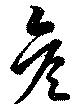
彦